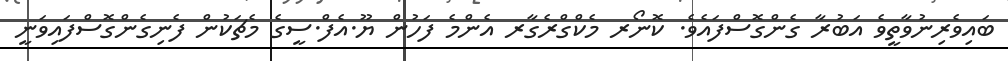
ބައިވެރިނުވާތީވެ އަބުރާ ގެންގޮސްފައެވެ. ކޮނޯރ މެކްގްރެގާރ އެންމެ ފަހުން ޔޫ.އެފް.ސީގެ މެޗަކުން ފެނިގެންގޮސްފައިވަނީ